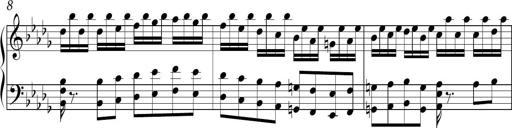
Title: Ten Piano Sonatinas
Composer: Andreas Sain